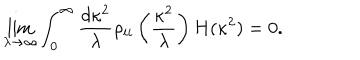
\lim _ { \lambda \rightarrow \infty } \int _ { 0 } ^ { \infty } \frac { d \kappa ^ { 2 } } { \lambda } \rho _ { i i } \left( \frac { \kappa ^ { 2 } } { \lambda } \right) H ( \kappa ^ { 2 } ) = 0 .